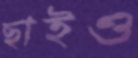
ছাইও